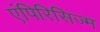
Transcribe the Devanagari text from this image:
एंपिरिसिज्म